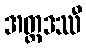
အတ္ထဒဿီ